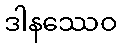
ဒါနဿေဝ